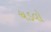
ચડવો